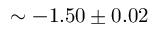
\sim - 1 . 5 0 \pm 0 . 0 2